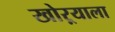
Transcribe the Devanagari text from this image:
खोऱ्याला